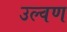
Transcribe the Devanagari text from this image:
उल्वण